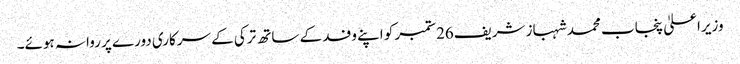
وزیراعلیٰ پنجاب محمد شہباز شریف26ستمبر کو اپنے وفد کے ساتھ ترکی کے سرکاری دورے پر روانہ ہوئے۔